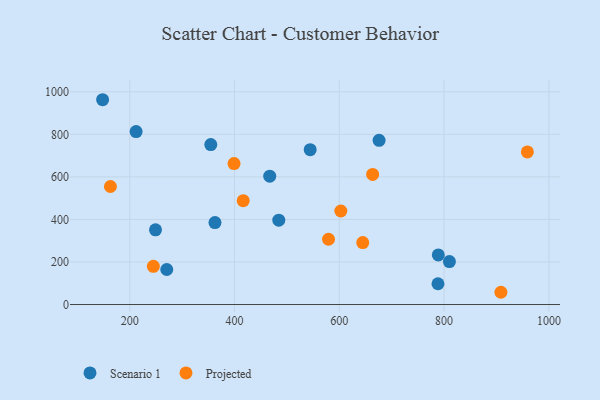
{"axis": {"x": "Investment", "y": "Sales"}, "legend": ["Projected", "Scenario 1"], "data": [{"x": "362.7", "y": 385.5, "type": "Scenario 1"}, {"x": "354.7", "y": 752.1, "type": "Scenario 1"}, {"x": "544.4", "y": 727.8, "type": "Scenario 1"}, {"x": "788.3", "y": 97.6, "type": "Scenario 1"}, {"x": "249.2", "y": 351.3, "type": "Scenario 1"}, {"x": "467.2", "y": 603.2, "type": "Scenario 1"}, {"x": "212.2", "y": 813.0, "type": "Scenario 1"}, {"x": "148.3", "y": 962.8, "type": "Scenario 1"}, {"x": "675.9", "y": 771.9, "type": "Scenario 1"}, {"x": "484.5", "y": 396.4, "type": "Scenario 1"}, {"x": "810.1", "y": 201.7, "type": "Scenario 1"}, {"x": "788.9", "y": 233.1, "type": "Scenario 1"}, {"x": "270.7", "y": 164.7, "type": "Scenario 1"}, {"x": "602.9", "y": 439.6, "type": "Projected"}, {"x": "245.1", "y": 179.5, "type": "Projected"}, {"x": "908.4", "y": 57.6, "type": "Projected"}, {"x": "958.9", "y": 717.2, "type": "Projected"}, {"x": "644.7", "y": 291.3, "type": "Projected"}, {"x": "163.2", "y": 554.8, "type": "Projected"}, {"x": "416.6", "y": 488.4, "type": "Projected"}, {"x": "579.4", "y": 306.9, "type": "Projected"}, {"x": "663.6", "y": 611.6, "type": "Projected"}, {"x": "399.1", "y": 662.8, "type": "Projected"}]}